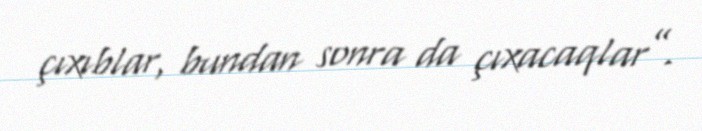
çıxıblar, bundan sonra da çıxacaqlar”.